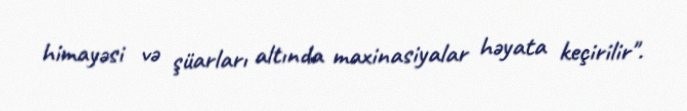
himayəsi və şüarları altında maxinasiyalar həyata keçirilir".